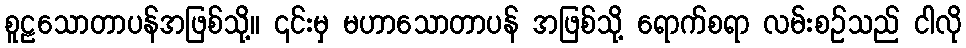
စူဠသောတာပန်အဖြစ်သို့။ ၎င်းမှ မဟာသောတာပန် အဖြစ်သို့ ရောက်စရာ လမ်းစဉ်သည် ငါလို